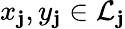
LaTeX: x_{\mathbf{j}},y_{\mathbf{j}}\in{\mathcal{{L}}}_{\mathbf{j}}